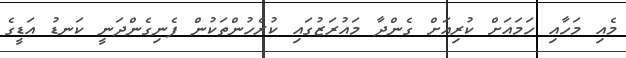
މެއި މަހާއި ހަމައަށް ކުރިއަށް ގެންދާ މައުރަޒުގައި ކުރެހުންތަކުން ފެނިގެންދަނީ ކަނޑު އަޑީގެ